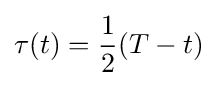
\tau (t)={\frac {1}{2}}(T-t)